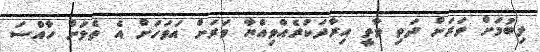
ލިބުމަށް ވަރަށް ދަތި ވާތީ އިރާދަކުރެއްވިއްޔާ ވަރަށް އަވަހަށް އެ ތެލަށް ހާއްސަ